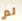
لم